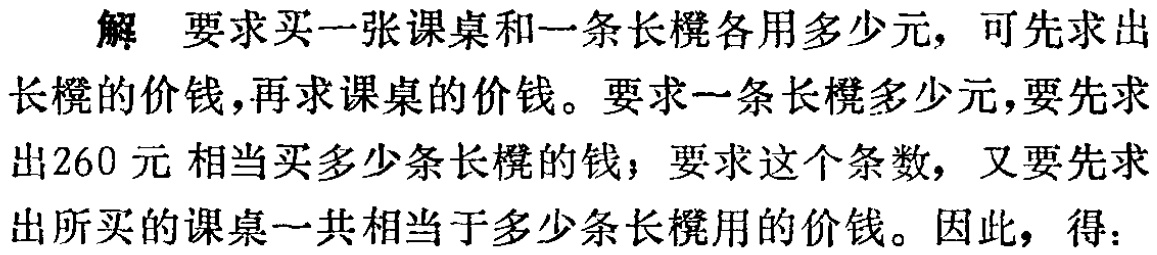
解 要求买一张课桌和一条长凳各用多少元，可先求出
长凳的价钱，再求课桌的价钱。要求一条长凳多少元，要先求
出260 元 相当买多少条长凳的钱；要求这个条数，又要先求
出所买的课桌一共相当于多少条长凳用的价钱。因此，得：